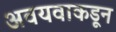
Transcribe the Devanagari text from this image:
अवयवाकडून